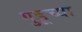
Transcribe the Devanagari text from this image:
गुडूच्या